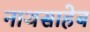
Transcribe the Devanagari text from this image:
नाथसाहेब